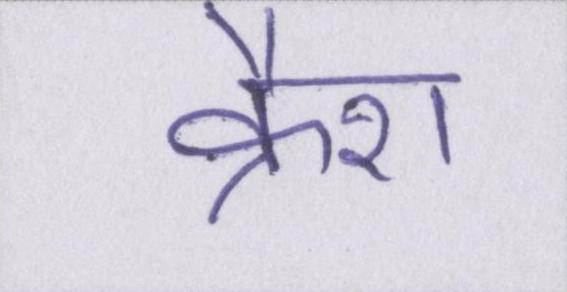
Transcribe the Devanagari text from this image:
क्रैश